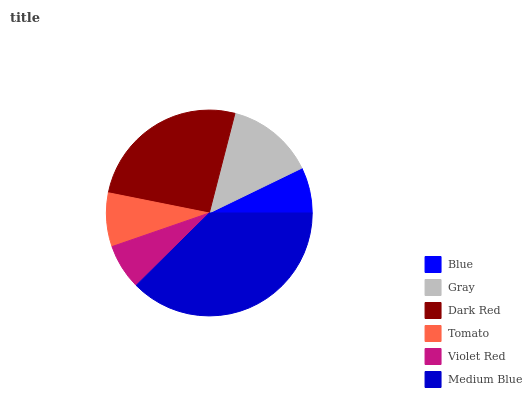
| Blue | Gray | Dark Red | Tomato | Violet Red | Medium Blue |
 | --- | --- | --- | --- | --- | --- |
 | 7.17% | 13.8% | 25.9% | 8.43% | 7.13% | 37.5% |